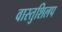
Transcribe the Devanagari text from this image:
वास्तुशिलप